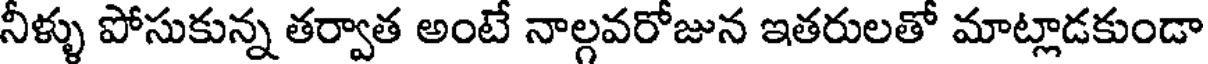
నీళ్ళు పోసుకున్న తర్వాత అంటే నాల్గవరోజున ఇతరులతో మాట్లాడకుండా